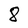
Character: 8